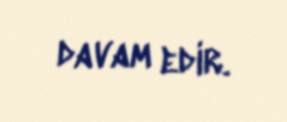
davam edir.